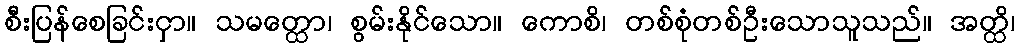
စီးပြန်စေခြင်းငှာ။ သမတ္ထော၊ စွမ်းနိုင်သော။ ကောစိ၊ တစ်စုံတစ်ဦးသောသူသည်။ အတ္ထိ၊